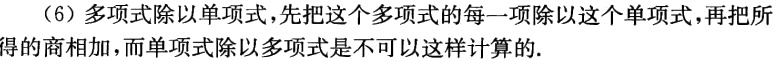
（6）多项式除以单项式，先把这个多项式的每一项除以这个单项式，再把所得的商相加，而单项式除以多项式是不可以这样计算的.